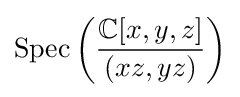
{\text{Spec}}\left({\frac {\mathbb {C} [x,y,z]}{(xz,yz)}}\right)